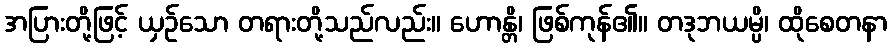
အပြားတို့ဖြင့် ယှဉ်သော တရားတို့သည်လည်း။ ဟောန္တိ၊ ဖြစ်ကုန်၏။ တဒုဘယမ္ပိ၊ ထိုစေတနာ